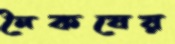
নৈকষেয়